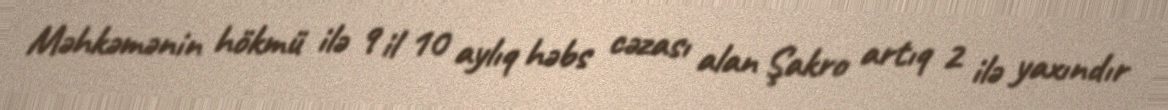
Məhkəmənin hökmü ilə 9 il 10 aylıq həbs cəzası alan Şakro artıq 2 ilə yaxındır